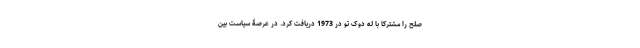
صلح را مشترکاً با له دوک تو در 1973 دریافت کرد. در عرصۀ سیاست بین